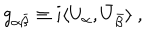
g _ { \alpha \bar { \beta } } \equiv i \langle U _ { \alpha } , \bar { U } _ { \bar { \beta } } \rangle \ ,